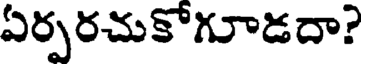
ఏర్పరచుకోగూడదా?